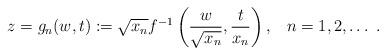
LaTeX: \begin{align*}z=g_n(w,t):=\sqrt{x_n}f^{-1}\left(\frac{w}{\sqrt{x_n}},\frac{t}{x_n}\right),\;\;\;n=1,2, \dots\;. \end{align*}